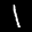
Label: 1